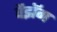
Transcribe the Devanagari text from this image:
वैझॅग